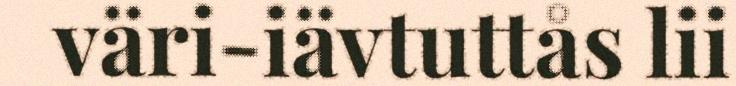
väri-iävtuttås lii